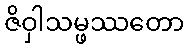
ဇိဝှါသမ္ဖဿတော